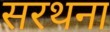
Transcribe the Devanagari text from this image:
सरथना